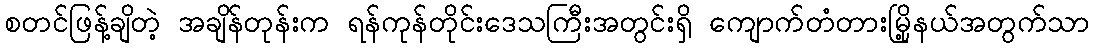
စတင်ဖြန့်ချိတဲ့ အချိန်တုန်းက ရန်ကုန်တိုင်းဒေသကြီးအတွင်းရှိ ကျောက်တံတားမြို့နယ်အတွက်သာ